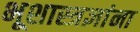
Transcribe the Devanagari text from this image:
भूशास्त्रज्ञांना